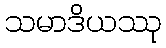
သမာဒိယဿု